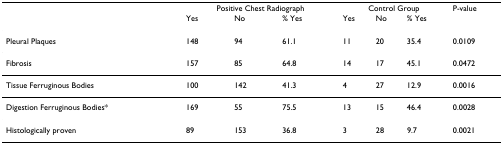
<table><thead><tr><td></td><td colspan="3"><b>Positive Chest Radiograph</b></td><td colspan="3"><b>Control Group</b></td><td><b>P-value</b></td></tr><tr><td></td><td><b>Yes</b></td><td><b>No</b></td><td><b>% Yes</b></td><td><b>Yes</b></td><td><b>No</b></td><td><b>% Yes</b></td><td></td></tr></thead><tbody><tr><td>Pleural Plaques</td><td>148</td><td>94</td><td>61.1</td><td>11</td><td>20</td><td>35.4</td><td>0.0109</td></tr><tr><td>Fibrosis</td><td>157</td><td>85</td><td>64.8</td><td>14</td><td>17</td><td>45.1</td><td>0.0472</td></tr><tr><td>Tissue Ferruginous Bodies</td><td>100</td><td>142</td><td>41.3</td><td>4</td><td>27</td><td>12.9</td><td>0.0016</td></tr><tr><td>Digestion Ferruginous Bodies*</td><td>169</td><td>55</td><td>75.5</td><td>13</td><td>15</td><td>46.4</td><td>0.0028</td></tr><tr><td>Histologically proven</td><td>89</td><td>153</td><td>36.8</td><td>3</td><td>28</td><td>9.7</td><td>0.0021</td></tr></tbody></table>